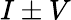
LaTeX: I\pm V